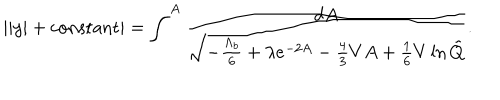
| | y | + \mathrm { c o n s t a n t } | = \int ^ { A } \frac { d A } { \sqrt { - \frac { \Lambda _ { b } } { 6 } + \lambda e ^ { - 2 A } - \frac 4 3 V A + \frac 1 6 V \ln \tilde { Q } } } .